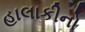
હાલાકીનો